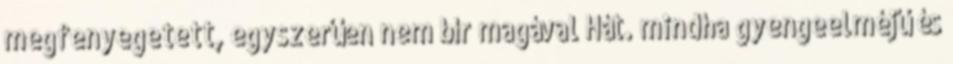
megfenyegetett, egyszerűen nem bír magával Hát. mindha gyengeelméjű és